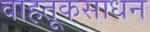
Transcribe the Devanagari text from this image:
वाहतूकसाधन